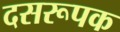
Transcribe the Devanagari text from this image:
दसरूपक